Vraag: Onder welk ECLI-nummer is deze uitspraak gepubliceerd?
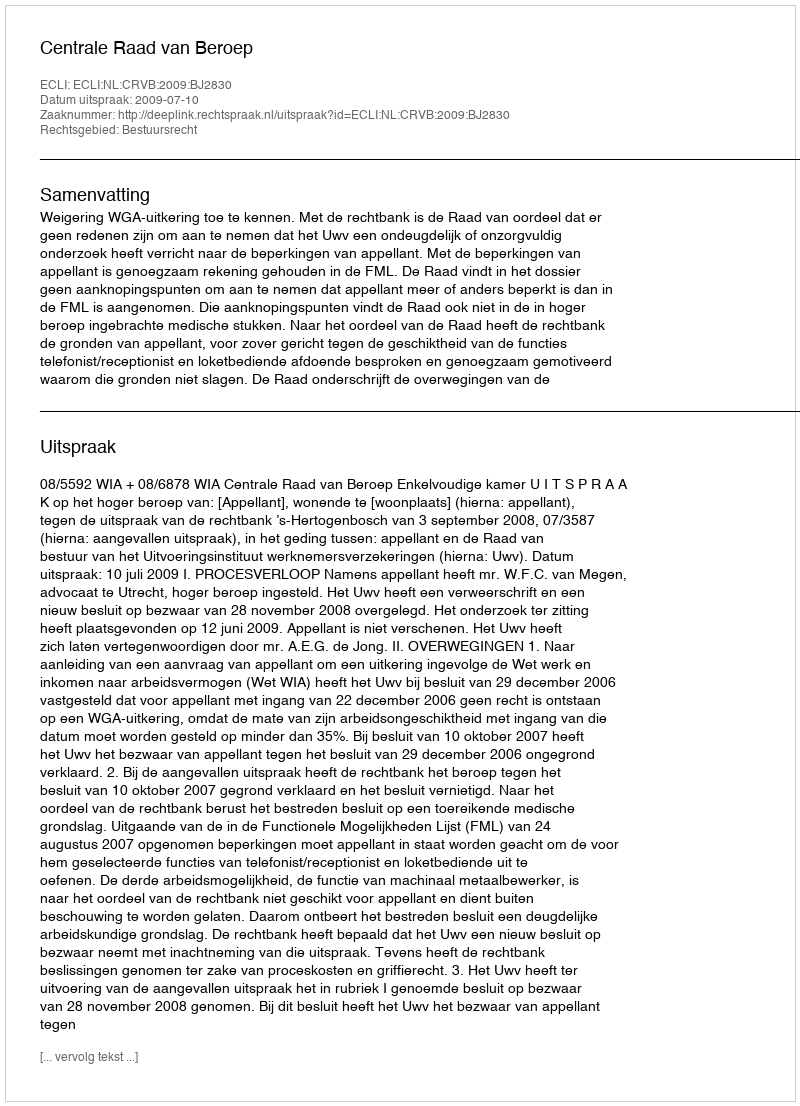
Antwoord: ECLI:NL:CRVB:2009:BJ2830